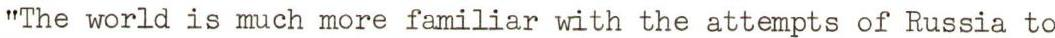
"The world is much more familiar with the attempts of Russia to